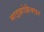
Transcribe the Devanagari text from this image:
माइक्रोफ्रैक्चर